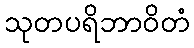
သုတပရိဘာဝိတံ